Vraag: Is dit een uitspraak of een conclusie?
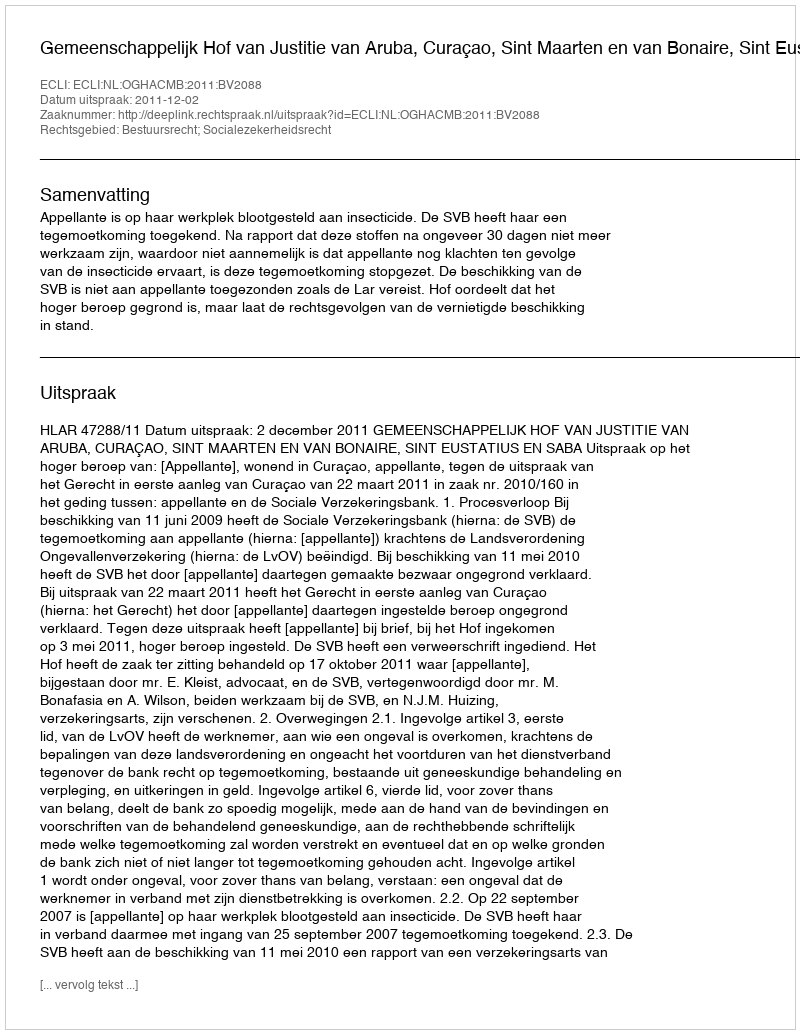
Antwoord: Uitspraak